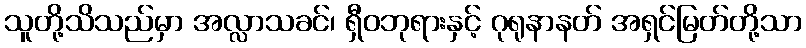
သူတို့သိသည်မှာ အလ္လာသခင်၊ ရှီဝဘုရားနှင့် ဂုရုနာနတ် အရှင်မြတ်တို့သာ